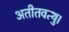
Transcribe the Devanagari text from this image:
अतीतवत्थु।